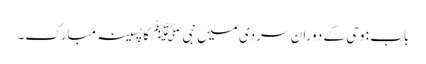
باب : وحی کے دوران سردی میں نبیﷺ کا پسینہ مبارک۔